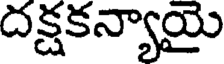
దక్షకన్యాయై